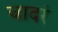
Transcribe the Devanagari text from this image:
चादरं